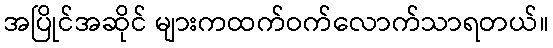
အပြိုင်အဆိုင် များကထက်ဝက်လောက်သာရတယ်။